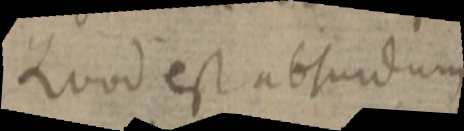
Quod est absurdum